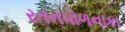
રતનપોળનાકા